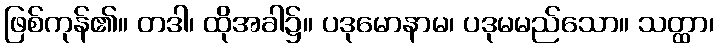
ဖြစ်ကုန်၏။ တဒါ၊ ထိုအခါ၌။ ပဒုမောနာမ၊ ပဒုမမည်သော။ သတ္ထာ၊